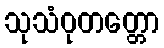
သုသံဝုတတ္တော